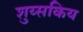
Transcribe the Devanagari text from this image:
शुय्सकिय